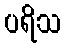
ပရိသ